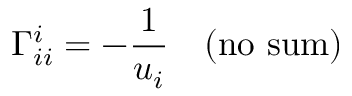
\Gamma _ { i i } ^ { i } = - \frac { 1 } { u _ { i } } \quad ( \mathrm { n o ~ s u m ) }